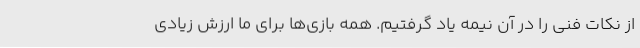
از نکات فنی را در آن نیمه یاد گرفتیم. همه بازی‌ها برای ما ارزش زیادی